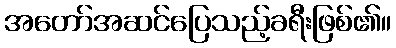
အတော်အဆင်ပြေသည့်ခရီးဖြစ်၏။